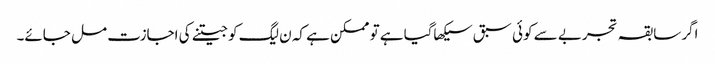
اگر سابقہ تجربے سے کوئی سبق سیکھاگیا ہے تو ممکن ہے کہ ن لیگ کو جیتنے کی اجازت مل جائے۔